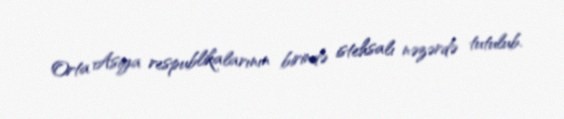
Orta Asiya respublikalarının birində istehsalı nəzərdə tutulub.